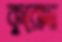
কুরোদা